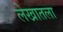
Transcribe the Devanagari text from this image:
लेखातला